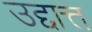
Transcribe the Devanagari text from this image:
उद्दात्त